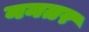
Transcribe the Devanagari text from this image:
ननतर